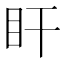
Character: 盰